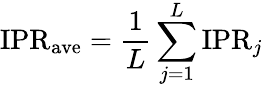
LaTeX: \mathrm{IPR}_{\mathrm{ave}}=\frac{1}{L}\sum_{j=1}^{L}\mathrm{IPR}_{j}